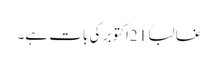
غالباً 21اکتوبر کی بات ہے۔